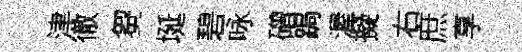
津徹芻埏碧咏磳跼渥擬右庶享